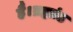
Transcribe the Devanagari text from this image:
है।ब्रह्मांड